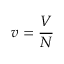
v = { \frac { V } { N } }